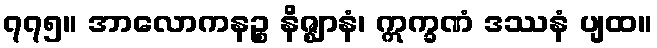
၇၇၅။ အာလောကနဉ္စ နိဇ္ဈာနံ၊ ဣက္ခဏံ ဒဿနံ ပျထ။